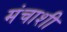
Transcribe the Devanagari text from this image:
मंचाशी